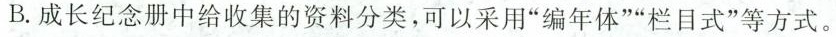
B.成长纪念册中给收集的资料分类，可以采用”编年体””栏目式”等方式。